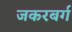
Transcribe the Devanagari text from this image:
जकरबर्ग